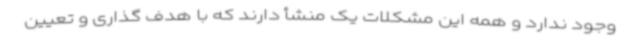
وجود ندارد و همه این مشکلات یک منشأ دارند که با هدف گذاری و تعیین